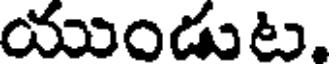
యుండుట.